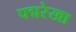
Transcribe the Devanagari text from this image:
पद्मरेखा